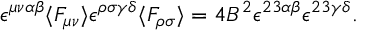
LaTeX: \epsilon ^ { \mu \nu \alpha \beta } \langle F _ { \mu \nu } \rangle \epsilon ^ { \rho \sigma \gamma \delta } \langle F _ { \rho \sigma } \rangle = 4 B ^ { 2 } \epsilon ^ { 2 3 \alpha \beta } \epsilon ^ { 2 3 \gamma \delta } .